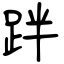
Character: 跘